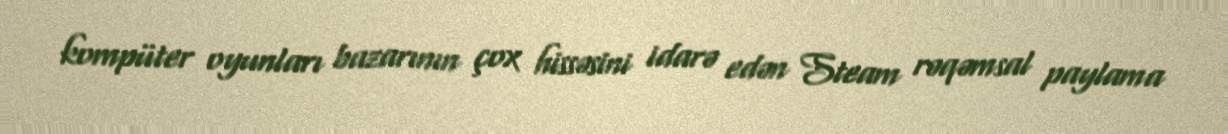
kompüter oyunları bazarının çox hissəsini idarə edən Steam rəqəmsal paylama